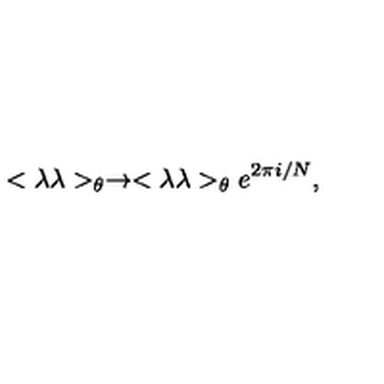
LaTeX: < \lambda \lambda > _ { \theta } \rightarrow < \lambda \lambda > _ { \theta } e ^ { 2 \pi i / N } ,